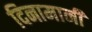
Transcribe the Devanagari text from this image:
दिनामानी